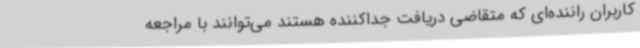
کاربران راننده‌ای که متقاضی دریافت جداکننده هستند می‌توانند با مراجعه